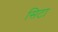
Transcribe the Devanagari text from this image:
सिटा